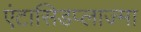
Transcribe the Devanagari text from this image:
एंटासिडप्लाज्मा